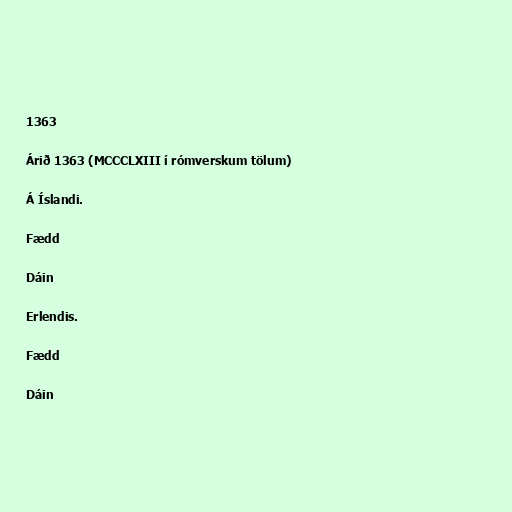
1363

Árið 1363 (MCCCLXIII í rómverskum tölum)

Á Íslandi.

Fædd

Dáin

Erlendis.

Fædd

Dáin